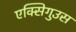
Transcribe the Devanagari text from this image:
एक्सिगुउस